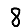
Digit: 8